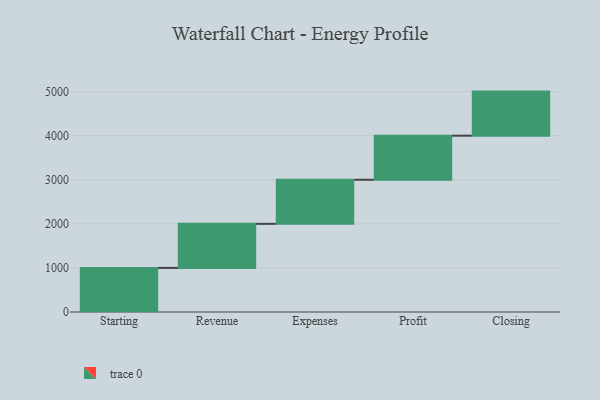
{"axis": {"x": "Step", "y": "Value"}, "legend": [""], "data": [{"x": "Starting", "y": 1000, "type": ""}, {"x": "Revenue", "y": 1000, "type": ""}, {"x": "Expenses", "y": 1000, "type": ""}, {"x": "Profit", "y": 1000, "type": ""}, {"x": "Closing", "y": 1000, "type": ""}]}